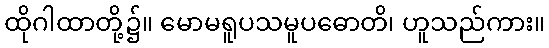
ထိုဂါထာတို့၌။ မောမရူပသမူပဓောတိ၊ ဟူသည်ကား။